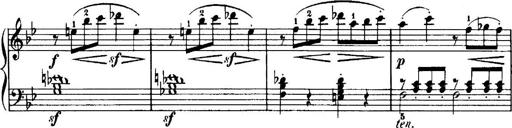
Title: 7 Sonatinas
Composer: Anton Diabelli